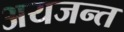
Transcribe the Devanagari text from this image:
अयजन्त